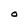
Character: O